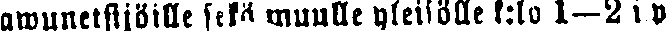
awunetsijöille sekä muulle yleisölle k:lo 1—2 i.p.